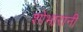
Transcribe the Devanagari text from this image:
शोभारानी